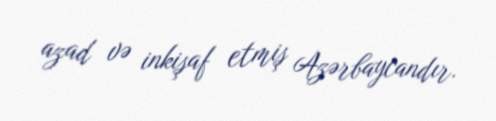
azad və inkişaf etmiş Azərbaycandır.